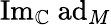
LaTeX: \mathrm{Im}_{\mathbb{C}}\ \mathrm{ad}_{M}